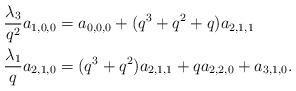
LaTeX: \begin{align*}&\frac{\lambda_3}{q^2}a_{1,0,0}=a_{0,0,0}+(q^3+q^2+q)a_{2,1,1}\\&\frac{\lambda_1}{q}a_{2,1,0}=(q^3+q^2)a_{2,1,1}+qa_{2,2,0}+a_{3,1,0}.\end{align*}